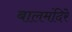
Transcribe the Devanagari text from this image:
बालमंदिरे